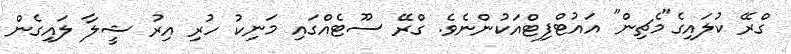
ގްރޭ ކުލައިގެ"މެޗިން" އައުޓްފިޓްއަކުންނެވެ. ގްރޭ ސޫޓެއްގައި މަނިކު ހުރި އިރު ޝީލާ ލައިގެން